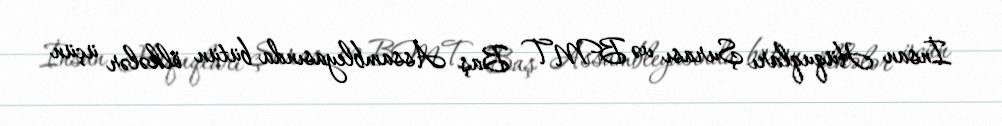
İnsan Hüquqları Şurası və BMT Baş Assambleyasında bütün ölkələr üçün